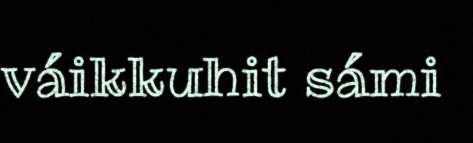
váikkuhit sámi